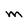
Character: M